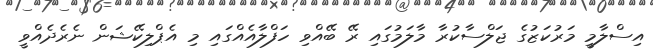
އިސްލާމީ މަރުކަޒުގެ ޖަލްސާކުރާ މާލަމުގައި ރޭ ބޭއްވި ހަފްލާއެއްގައި މި އެޕްލިކޭޝަން ނެރެދެއްވީ